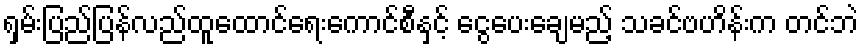
ရှမ်းပြည်ပြန်လည်ထူထောင်ရေးကောင်စီနှင့် ငွေပေးချေမည့် သခင်ဗဟိန်းက တင်ဘဲ